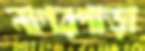
নাগরপাড়া